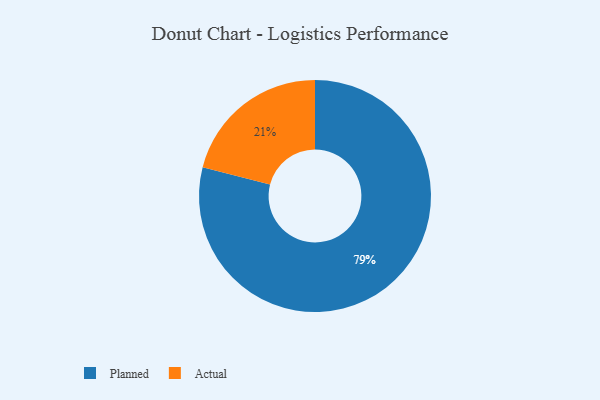
{"axis": {"x": "Category", "y": "Percentage"}, "legend": ["Actual", "Planned"], "data": [{"x": "Planned", "y": 79, "type": "Planned"}, {"x": "Actual", "y": 21, "type": "Actual"}]}